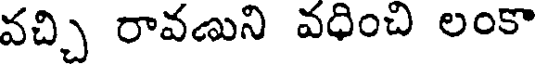
వచ్చి రావణుని వధించి లంకా